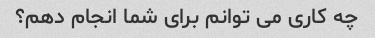
چه کاری می توانم برای شما انجام دهم؟